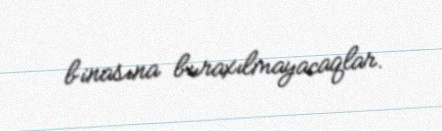
binasına buraxılmayacaqlar.